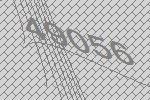
49056